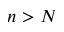
n > N